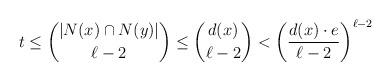
LaTeX: \begin{align*}t \le \binom{|N(x) \cap N(y)|}{\ell-2}\le \binom{d(x)}{\ell-2} < \left( \frac{d(x) \cdot e}{\ell-2} \right)^{\ell-2}\end{align*}